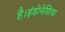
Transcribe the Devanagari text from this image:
है।इंडोनेशिया